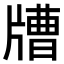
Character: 𤗰